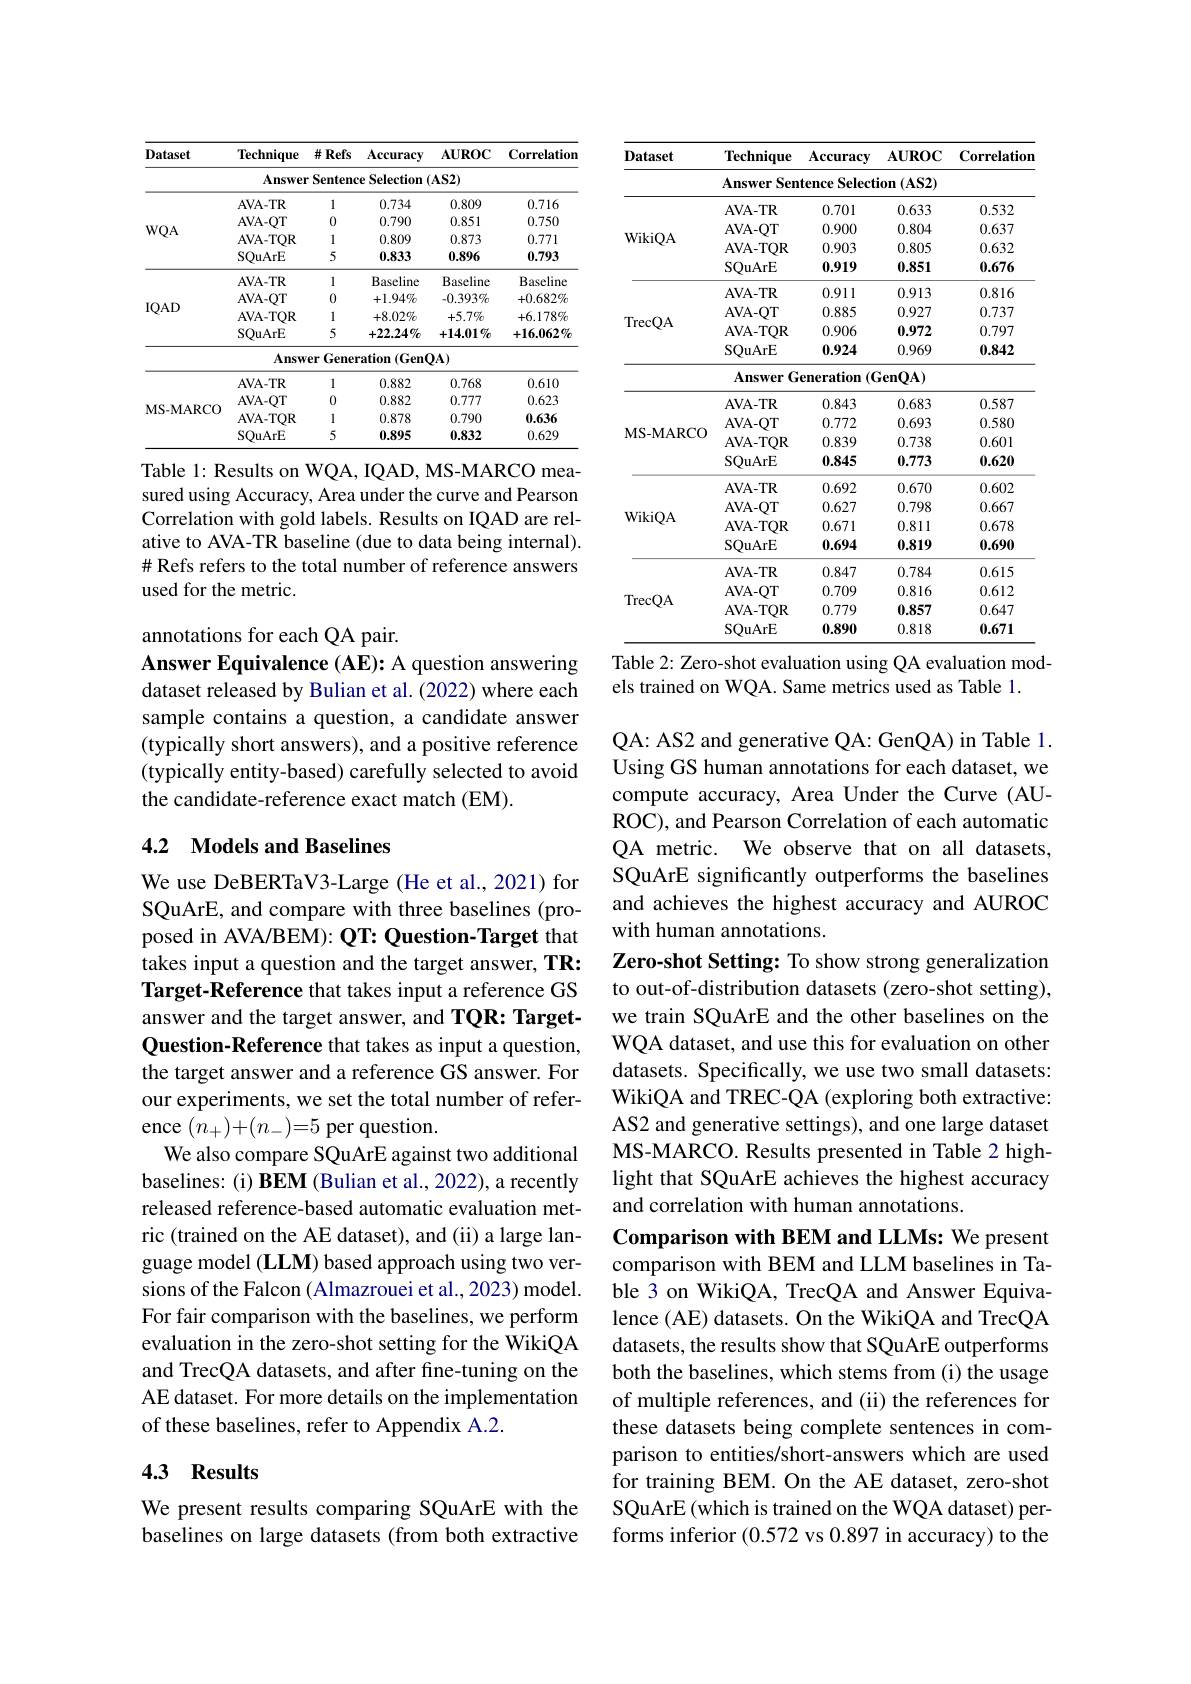
<table>
	<tbody>
		<tr>
			<th>Dataset</th>
			<th>Technique</th>
			<th>$\#Refs$</th>
			<th>Accuracy</th>
			<th>$\mathbf{AUROC}$</th>
			<th>Correlation</th>
		</tr>
		<tr>
			<td> </td>
			<td>Answer</td>
			<td>Sentenc</td>
			<td>Selection ${:}\mathbf{e}$</td>
			<td>$AS2)$</td>
			<td> </td>
		</tr>
		<tr>
			<td rowspan="4">$WQA$</td>
			<td>AVA- TR</td>
			<td>1</td>
			<td>0.734</td>
			<td>0.809</td>
			<td>0.716</td>
		</tr>
		<tr>
			<td>AVA- QT</td>
			<td>0</td>
			<td>0.790</td>
			<td>0.851</td>
			<td>0.750</td>
		</tr>
		<tr>
			<td>AVA- TQR</td>
			<td>1</td>
			<td>0.809</td>
			<td>0.873</td>
			<td>0.771</td>
		</tr>
		<tr>
			<td>SQuArE</td>
			<td>5</td>
			<td>0.833</td>
			<td>0.896</td>
			<td>0.793</td>
		</tr>
		<tr>
			<td rowspan="4">IQAD</td>
			<td>AVA- TR</td>
			<td>1</td>
			<td>Baseline</td>
			<td>Baseline</td>
			<td>Baseline</td>
		</tr>
		<tr>
			<td>AVA- QT</td>
			<td>0</td>
			<td>$+1.94\%$</td>
			<td>$-0.393\%$</td>
			<td>$+0.682\%$</td>
		</tr>
		<tr>
			<td>AVA- TQR</td>
			<td>1</td>
			<td>$+8.02\%$</td>
			<td>$+5.7\%$</td>
			<td>$+6.178\%$</td>
		</tr>
		<tr>
			<td>SQuArE</td>
			<td>5</td>
			<td>$+22.24\%$</td>
			<td>$+14.01\%$</td>
			<td>$+16.062\%$</td>
		</tr>
	</tbody>
</table>
Answer Generation (GenOA)

<table>
	<tbody>
		<tr>
			<th> </th>
			<th>AVA- TR</th>
			<th>1</th>
			<th>0.882</th>
			<th>0.768</th>
			<th>0.61(</th>
		</tr>
		<tr>
			<td rowspan="3">MS- MARCO</td>
			<td>AVA- QT</td>
			<td>0</td>
			<td>0.882</td>
			<td>0.777</td>
			<td>0.623</td>
		</tr>
		<tr>
			<td>AVA- TQR</td>
			<td>1</td>
			<td>0.878</td>
			<td>0.790</td>
			<td>0.636</td>
		</tr>
		<tr>
			<td>SQuArE</td>
			<td>5</td>
			<td>0.895</td>
			<td>0.832</td>
			<td>$0.62S$</td>
		</tr>
	</tbody>
</table>

Table 1: Results on WQA, IQAD, MS-MARCO measured using Accuracy, Area under the curve and Pearson Correlation with gold labels. Results on IQAD are relative to AVA-TR baseline (due to data being internal). # Refs refers to the total number of reference answers used for the metric.

annotations for each QA pair.

Answer Equivalence (AE): A question answering dataset released by Bulian et al. (2022) where each sample contains a question, a candidate answer (typically short answers), and a positive reference (typically entity-based) carefully selected to avoid the candidate-reference exact match (EM).

### 4.2 Models and Baselines

We use DeBERTaV3-Large (He et al., 2021) for SQuArE, and compare with three baselines (proposed in AVA/BEM): QT: Question-Target that takes input a question and the target answer, TR: Target-Reference that takes input a reference GS answer and the target answer, and TQR: TargetQuestion-Reference that takes as input a question, the target answer and a reference GS answer. For our experiments, we set the total number of reference $(n_+)+(n_-)=5$ per question.
We also compare SQuArE against two additional baselines: (i) BEM (Bulian et al., 2022), a recently released reference-based automatic evaluation metric (trained on the AE dataset), and (ii) a large language model (LLM) based approach using two versions of the Falcon (Almazrouei et al., 2023) model. For fair comparison with the baselines, we perform evaluation in the zero-shot setting for the WikiQA and TrecQA datasets, and after fine-tuning on the AE dataset. For more details on the implementation of these baselines, refer to Appendix A.2.

## 4.3 Results

We present results comparing SQuArE with the baselines on large datasets (from both extractive

<table>
	<tbody>
		<tr>
			<th>$\mathbf{Dataset}$</th>
			<th>Technique</th>
			<th>$\mathbf{Accuracy}$</th>
			<th>$\mathbf{AUROC}$</th>
			<th>Correlation</th>
		</tr>
		<tr>
			<td> </td>
			<td>$\mathbf{Answer}$ Sen</td>
			<td>Selecti tence</td>
			<td>$(\mathbf{AS2})$ $0n$</td>
			<td> </td>
		</tr>
		<tr>
			<td rowspan="4">WikiQA</td>
			<td>AVA- TR</td>
			<td>0.701</td>
			<td>0.633</td>
			<td>0.532</td>
		</tr>
		<tr>
			<td>AVA- QT</td>
			<td>0.900</td>
			<td>0.804</td>
			<td>0.637</td>
		</tr>
		<tr>
			<td>AVA- TQR</td>
			<td>0.903</td>
			<td>0.805</td>
			<td>0.632</td>
		</tr>
		<tr>
			<td>SQuArE</td>
			<td>0.919</td>
			<td>0.851</td>
			<td>0.676</td>
		</tr>
		<tr>
			<td rowspan="4">TrecQA</td>
			<td>AVA- TR</td>
			<td>0.911</td>
			<td>0.913</td>
			<td>0.816</td>
		</tr>
		<tr>
			<td>AVA- QT</td>
			<td>0.885</td>
			<td>0.927</td>
			<td>0.737</td>
		</tr>
		<tr>
			<td>AVA- TQR</td>
			<td>0.906</td>
			<td>0.972</td>
			<td>0.797</td>
		</tr>
		<tr>
			<td>SQuArE</td>
			<td>0.924</td>
			<td>0.969</td>
			<td>0.842</td>
		</tr>
		<tr>
			<td rowspan="1">TrecQA</td>
			<td>$\mathbf{Answer}$ $G$</td>
			<td>eneration T</td>
			<td>$ienQA)$</td>
			<td> </td>
		</tr>
		<tr>
			<td rowspan="4">MS- MARCO</td>
			<td>AVA- TR</td>
			<td>0.843</td>
			<td>0.683</td>
			<td>0.587</td>
		</tr>
		<tr>
			<td>AVA- QT</td>
			<td>0.772</td>
			<td>0.693</td>
			<td>0.580</td>
		</tr>
		<tr>
			<td>AVA- TQR</td>
			<td>0.839</td>
			<td>0.738</td>
			<td>0.601</td>
		</tr>
		<tr>
			<td>SQuArE</td>
			<td>0.845</td>
			<td>0.773</td>
			<td>0.620</td>
		</tr>
		<tr>
			<td> </td>
			<td>AVA- TR</td>
			<td>0.692</td>
			<td>0.670</td>
			<td>0.602</td>
		</tr>
		<tr>
			<td rowspan="3">WikiQA</td>
			<td>AVA- QT</td>
			<td>0.627</td>
			<td>0.798</td>
			<td>0.667</td>
		</tr>
		<tr>
			<td>AVA- TQR</td>
			<td>0.671</td>
			<td>0.811</td>
			<td>0.678</td>
		</tr>
		<tr>
			<td>SQuArE</td>
			<td>0.694</td>
			<td>0.819</td>
			<td>0.690</td>
		</tr>
		<tr>
			<td> </td>
			<td>AVA- TR</td>
			<td>0.847</td>
			<td>0.784</td>
			<td>0.615</td>
		</tr>
		<tr>
			<td rowspan="3">TrecQA</td>
			<td>AVA- QT</td>
			<td>0.709</td>
			<td>0.816</td>
			<td>0.612</td>
		</tr>
		<tr>
			<td>AVA- TQR</td>
			<td>0.779</td>
			<td>0.857</td>
			<td>0.647</td>
		</tr>
		<tr>
			<td>SQuArE</td>
			<td>0.890</td>
			<td>0.818</td>
			<td>0.671</td>
		</tr>
	</tbody>
</table>

Table 2: Zero-shot evaluation using QA evaluation mod-

els trained on WQA. Same metrics used as Table 1.

QA: AS2 and generative QA: GenQA) in Table 1. Using GS human annotations for each dataset, we compute accuracy, Area Under the Curve (AUROC), and Pearson Correlation of each automatic QA metric. We observe that on all datasets, SQuArE significantly outperforms the baselines and achieves the highest accuracy and AUROC with human annotations.
Zero-shot Setting: To show strong generalization to out-of-distribution datasets (zero-shot setting), we train SQuArE and the other baselines on the WQA dataset, and use this for evaluation on other datasets. Specifically, we use two small datasets: WikiQA and TREC-QA (exploring both extractive: AS2 and generative settings), and one large dataset MS-MARCO. Results presented in Table 2 highlight that SQuArE achieves the highest accuracy and correlation with human annotations.
Comparison with BEM and LLMs: We present comparison with BEM and LLM baselines in Table 3 on WikiQA, TrecQA and Answer Equivalence (AE) datasets. On the WikiQA and TrecQA datasets, the results show that SQuArE outperforms both the baselines, which stems from (i) the usage of multiple references, and (ii) the references for these datasets being complete sentences in comparison to entities/short-answers which are used for training BEM. On the AE dataset, zero-shot SQuArE (which is trained on the WQA dataset) performs inferior (0.572 vs 0.897 in accuracy) to the